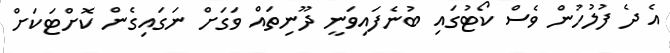
އެ ދެ ފުލުހުން ވެސް ކޯޓުގައި ބުނެފައިވަނީ ދޫނިތައް ވަގަށް ނަގައިގެން ކޮށްޓަކަށް